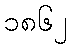
၁၈၆၂